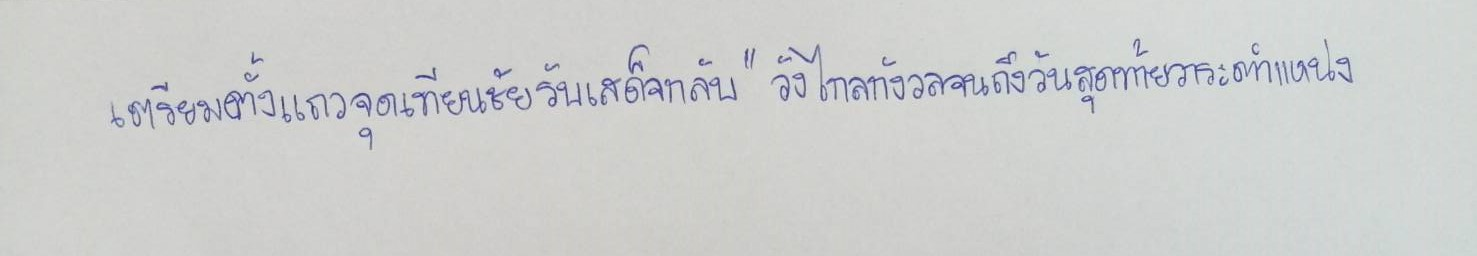
เตรียมตั้งแถวจุดเทียนชัยรับเสด็จกลับ"วังไกลกังวลจนถึงวันสุดท้ายวาระตำแหน่ง